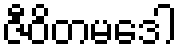
ဇီဝိတမဒေါ